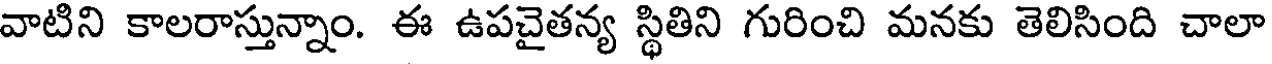
వాటిని కాలరాస్తున్నాం. ఈ ఉపచైతన్య స్థితిని గురించి మనకు తెలిసింది చాలా